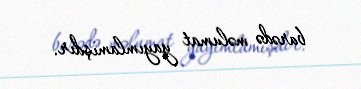
barədə məlumat yayımlamışdır.